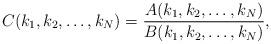
LaTeX: \begin{align*}C(k_1,k_2,\dots,k_N)=\dfrac{A(k_1,k_2,\dots,k_N)}{B(k_1,k_2,\dots,k_N)},\end{align*}